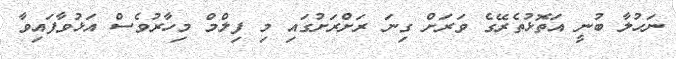
ނަހުލާ ބުނީ އަތޮޅުތެރޭގެ ވަރަށް ގިނަ ރަށްރަށުގައި މި ފިލްމް މިހާރުވެސް އަޅުވާފައިވާ